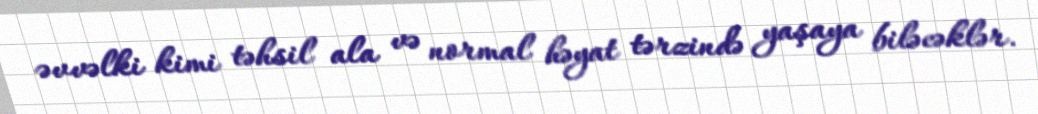
əvvəlki kimi təhsil ala və normal həyat tərzində yaşaya biləcəklər.